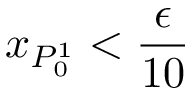
x _ { P _ { 0 } ^ { 1 } } < \frac { \epsilon } { 1 0 }